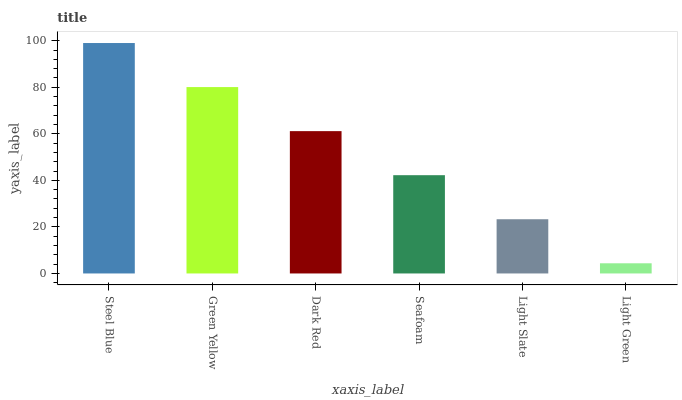
| xaxis_label | bars |
 | --- | --- |
 | Steel Blue | 99 |
 | Green Yellow | 80.1 |
 | Dark Red | 61.1 |
 | Seafoam | 42.2 |
 | Light Slate | 23.3 |
 | Light Green | 4.37 |